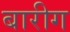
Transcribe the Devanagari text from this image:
बारीग